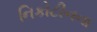
નિકોટીનના